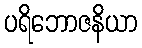
ပရိဘောဇနိယာ